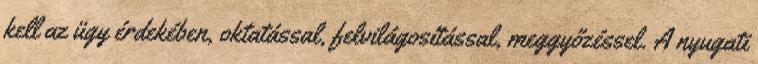
kell az ügy érdekében, oktatással, felvilágosítással, meggyőzéssel. A nyugati